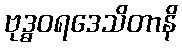
ဗုဒ္ဓဝရဒေသိတာနိ